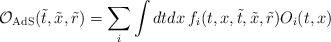
\begin{align*}{\cal{O}}_{\rm AdS}(\tilde{t},\tilde{x},\tilde{r}) = \sum_{i} \int dtdx\,f_{i}(t,x,\tilde{t},\tilde{x},\tilde{r}) O_{i}(t,x)\end{align*}